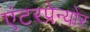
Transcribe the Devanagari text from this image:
एंटरप्रेन्योर